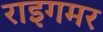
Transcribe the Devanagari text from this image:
राइगमर